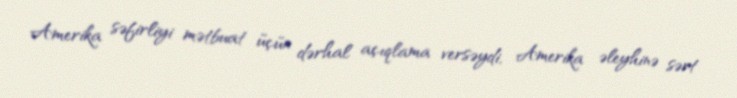
Amerika səfirliyi mətbuat üçün dərhal açıqlama versəydi, Amerika əleyhinə sərt